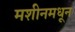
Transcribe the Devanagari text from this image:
मशीनमधून